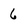
Character: 6